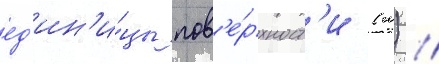
ед'ин'и́цы пов'е́рхност'и (м) //